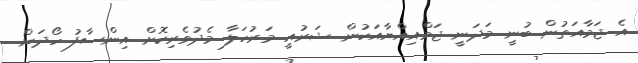
އެ ޖަމާއަތުން ބުނީ މަދަނީ ޖަމްއިއްޔާއަކުން ޝަރުއީ މަރުހަލާ މެދުވެރިކޮށް އިންސާފު ހޯދަން